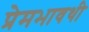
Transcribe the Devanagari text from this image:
प्रेमभावथी